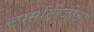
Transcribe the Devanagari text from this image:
स्पर्माटोजोआ